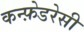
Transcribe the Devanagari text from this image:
कन्फ़ेडरेसी